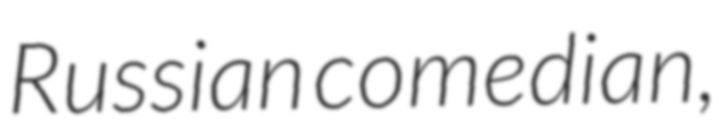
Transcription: Russian comedian,